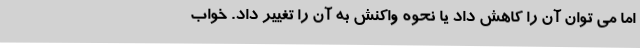
اما می توان آن را کاهش داد یا نحوه واکنش به آن را تغییر داد. خواب